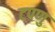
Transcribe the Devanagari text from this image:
टपणु